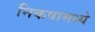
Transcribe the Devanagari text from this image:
निकषामध्ये